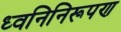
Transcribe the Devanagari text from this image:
ध्वनिनिरूपण